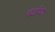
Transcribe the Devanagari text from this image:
चटईच्या